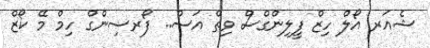
ޝެއަރ އޯލް ހިޒް ފީލިންގްސް ވިތް އަސް.. ފޯރސިންގް ހިމް މޭ ކޯޒް